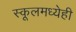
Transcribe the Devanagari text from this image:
स्कूलमध्येही